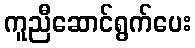
ကူညီဆောင်ရွက်ပေး